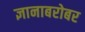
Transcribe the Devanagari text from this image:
ज्ञानाबरोबर